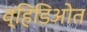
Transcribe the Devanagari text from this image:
व्हिडिओत